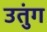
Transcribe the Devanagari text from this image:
उतुंग